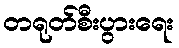
တရုတ်စီးပွားရေး